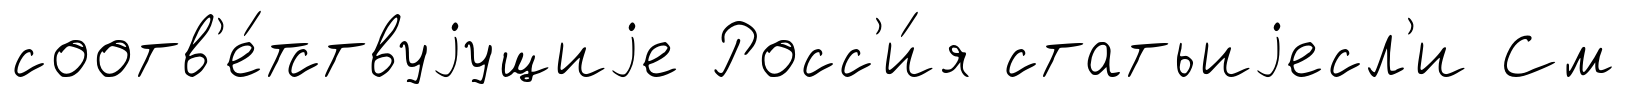
соотв'е́тствуjущиjе Росс'и́я статьиjесл'и См